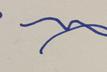
Signature authenticity: forged